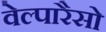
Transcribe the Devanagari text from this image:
वेल्पारैसो